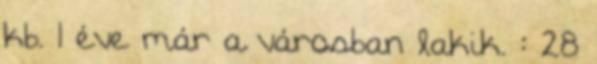
kb. 1 éve már a városban lakik. : 28